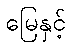
မြေနှင့်